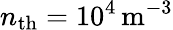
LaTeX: n_{\mathrm{th}}=10^{4}\, \mathrm{m^{-3}}